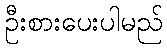
ဦးစားပေးပါမည်